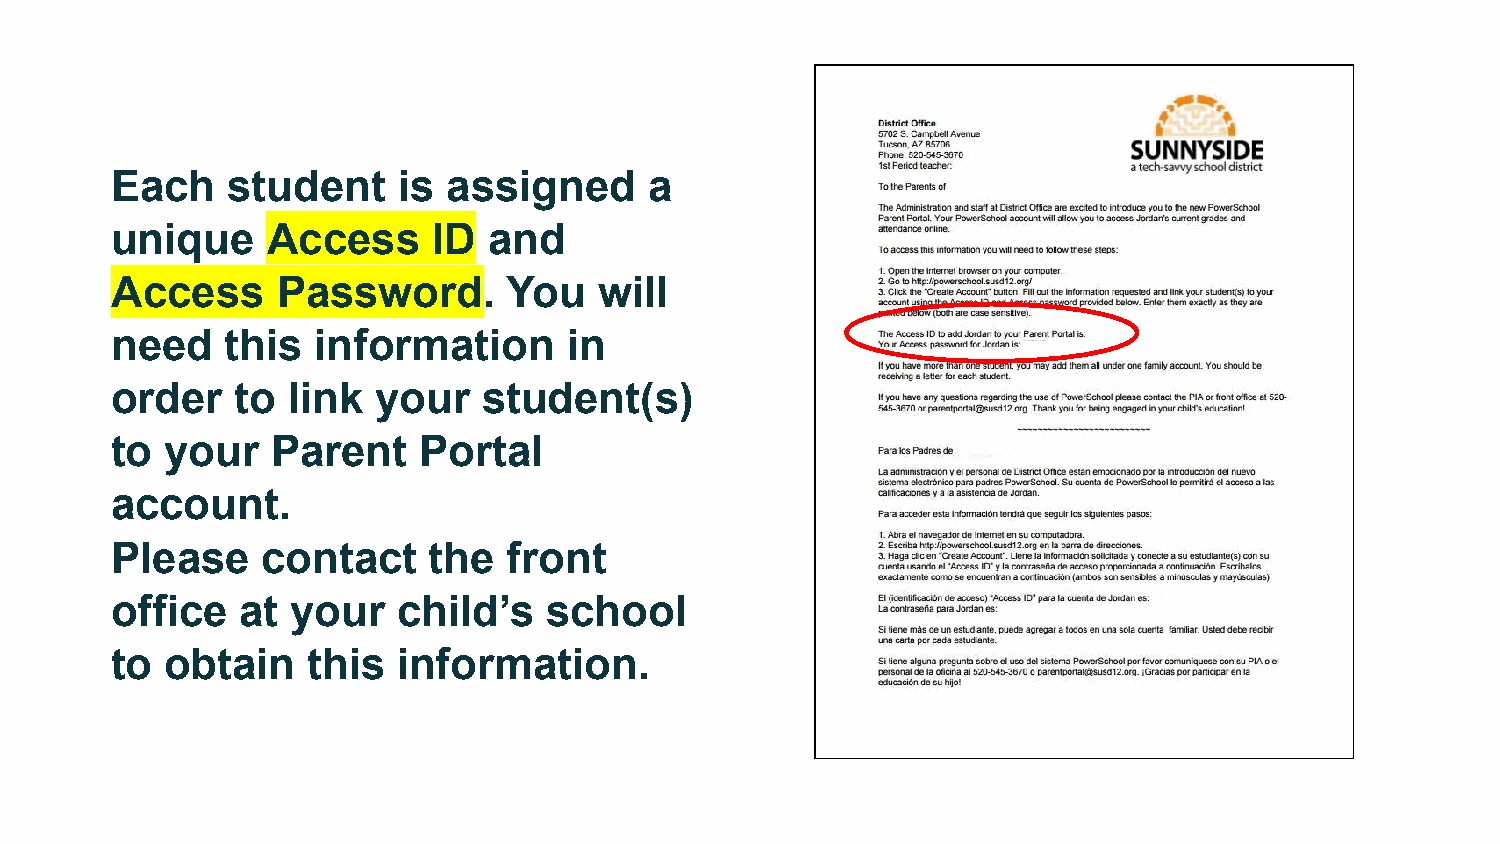
Each    student    is  assigned     a
 unique     Access     ID and
 Access     Password.       You   will
 need    this  information      in
 order    to link  your   student(s)
 to  your   Parent    Portal
 account.
 Please    contact    the   front
 office   at your   child’s   school
 to  obtain   this  information.